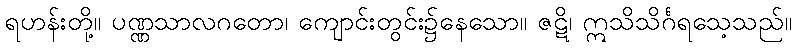
ရဟန်းတို့။ ပဏ္ဏသာလဂတော၊ ကျောင်းတွင်း၌နေသော။ ဇဋိ၊ ဣသိသိင်္ဂရသေ့သည်။